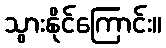
သွားနိုင်ကြောင်း။